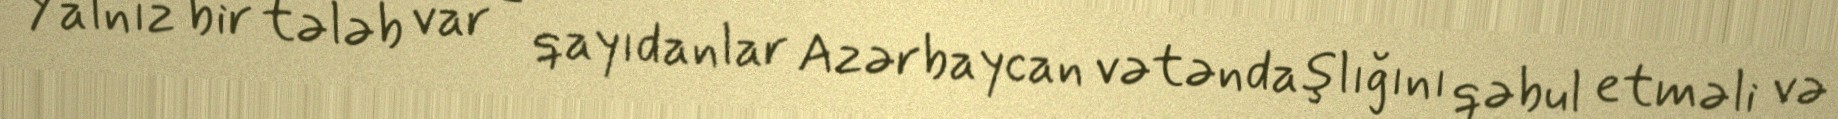
Yalnız bir tələb var - qayıdanlar Azərbaycan vətəndaşlığını qəbul etməli və